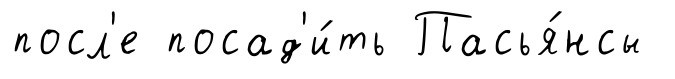
посл'е посад'и́ть Пасья́нсы